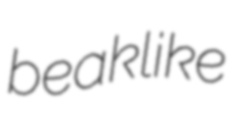
beaklike